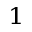
^ { 1 }